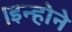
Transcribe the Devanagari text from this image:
।इन्होने